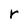
Character: r